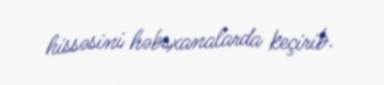
hissəsini həbsxanalarda keçirib.